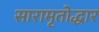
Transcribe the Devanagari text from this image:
सारामृतोद्धार